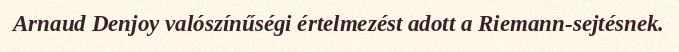
Arnaud Denjoy valószínűségi értelmezést adott a Riemann-sejtésnek.